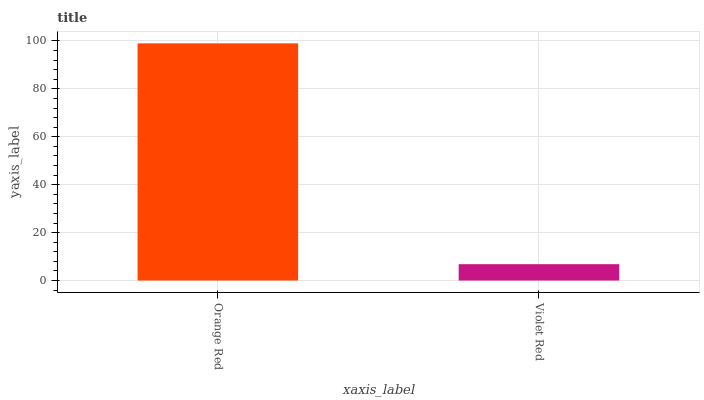
| xaxis_label | bars |
 | --- | --- |
 | Orange Red | 99 |
 | Violet Red | 6.82 |